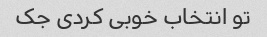
تو انتخاب خوبی کردی جک